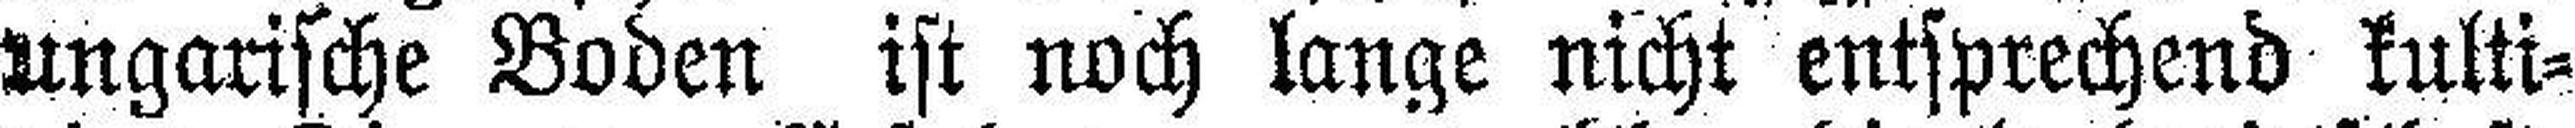
Ungarische Boden ist noch lange nicht entsprechend kulti¬